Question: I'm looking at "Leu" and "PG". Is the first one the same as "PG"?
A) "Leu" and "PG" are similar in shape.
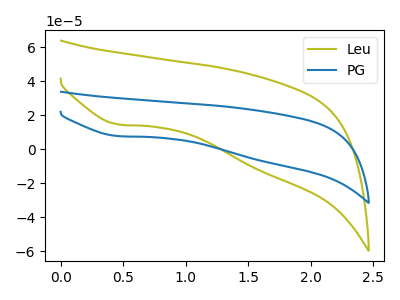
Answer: <think>The olive curve "Leu" has a cathodic peak at: (0.45V, 14.50uA). The blue curve "PG" has a cathodic peak at: (0.45V, 7.70uA).
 All the peaks in "Leu" have a peak in "PG" at the same potential. Every peak in "Leu" is lower than every peak in "PG".</think>
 <answer>A) "Leu" and "PG" are similar in shape.</answer>
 <eval>A</eval>